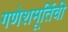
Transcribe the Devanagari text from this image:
गणेशमूर्तिची